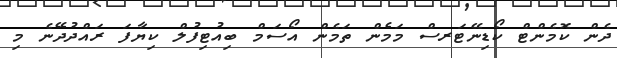
ދެން ކޮމެންޓް ކޯޑިނޭޓަރސް މަމެން ތަމެން އޯސަމް ބިއުޓިފުލް ކިޔާފަ ރައްދުދޭނެ މި